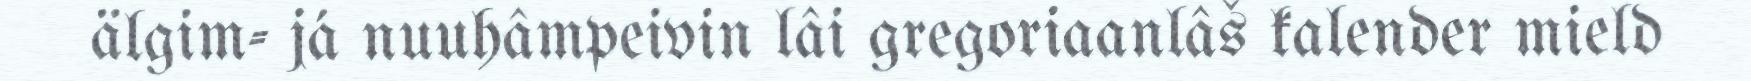
älgim- já nuuhâmpeivin lâi gregoriaanlâš kalender mield